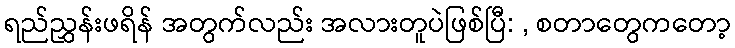
ရည်ညွှန်းဖရိန် အတွက်လည်း အလားတူပဲဖြစ်ပြီ: , စတာတွေကတော့